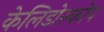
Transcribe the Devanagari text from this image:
केलिडोस्कोप